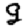
Digit: 9